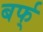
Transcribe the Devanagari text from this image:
बर्फ्